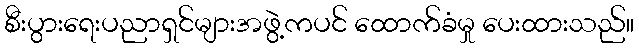
စီးပွားရေးပညာရှင်များအဖွဲ့ကပင် ထောက်ခံမှု ပေးထားသည်။